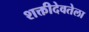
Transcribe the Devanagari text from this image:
शक्तीदेवतेला